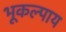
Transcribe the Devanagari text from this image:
भूकल्पाय